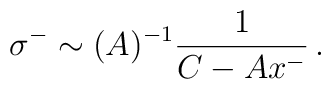
\sigma^{-} \sim (A)^{-1}\frac{1}{C - Ax^{-}} \,.